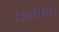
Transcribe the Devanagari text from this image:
सट्रायडर